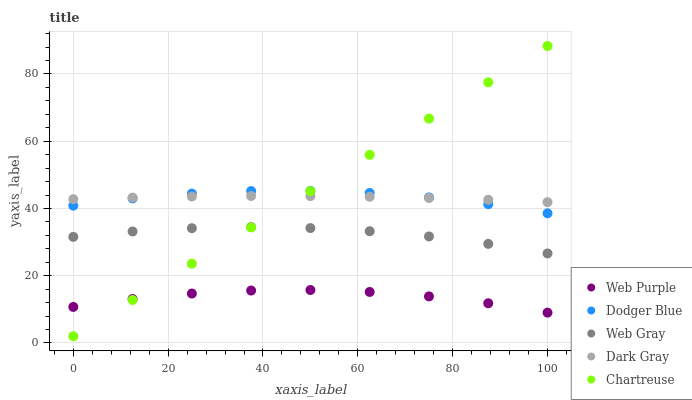
| xaxis_label | Web Purple | Dodger Blue | Web Gray | Dark Gray | Chartreuse |
 | --- | --- | --- | --- | --- | --- |
 | 0 | 10.7 | 40.8 | 31.6 | 42.8 | 2 |
 | 12.5 | 13.1 | 43 | 33.2 | 43.2 | 12.8 |
 | 25 | 14.7 | 44.4 | 34.1 | 43.6 | 23.6 |
 | 37.5 | 15.6 | 45.2 | 34.5 | 43.7 | 34.4 |
 | 50 | 15.8 | 45.3 | 34.2 | 43.7 | 45.2 |
 | 62.5 | 15.2 | 44.6 | 33.2 | 43.5 | 55.9 |
 | 75 | 13.9 | 43.3 | 31.7 | 43.1 | 66.7 |
 | 87.5 | 11.8 | 41.3 | 29.5 | 42.6 | 77.5 |
 | 100 | 9.03 | 38.6 | 26.6 | 41.9 | 88.3 |